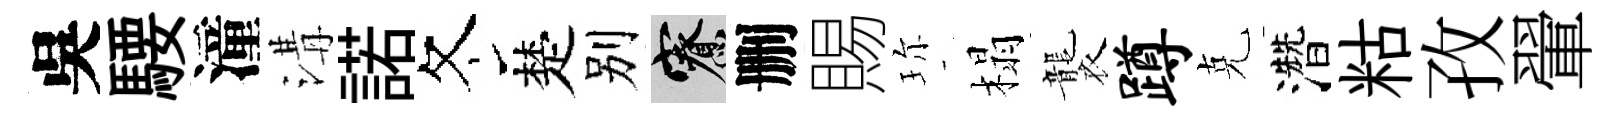
吳騕潼溝諾冬楚别寮删賜珎榻襲蹲克濳䊀孜翬